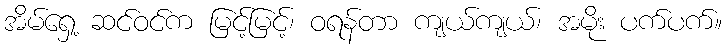
အိမ်ရှေ့ ဆင်ဝင်က မြင့်မြင့်၊ ဝရန်တာ ကျယ်ကျယ်၊ အမိုး ပက်ပက်။